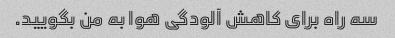
سه راه برای کاهش آلودگی هوا به من بگویید.